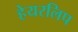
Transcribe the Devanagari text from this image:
हेयरलिप